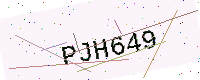
Text: PJH649